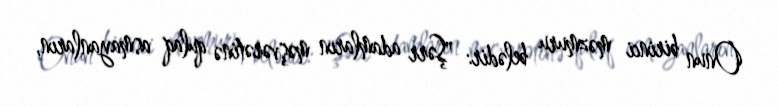
Onun birinci məzmuru belədir: "Şərr adamların məşvərətinə qulaq asmayanların,